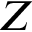
Z